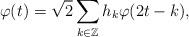
LaTeX: \begin{align*}\varphi(t)=\sqrt{2}\sum_{k\in\mathbb{Z}}h_k\varphi(2t-k),\end{align*}